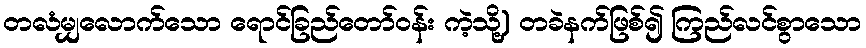
တလံမျှလောက်သော ရောင်ခြည်တော်ဝန်း ကဲ့သို့) တခဲနက်ဖြစ်၍ ကြည်လင်စွာသော